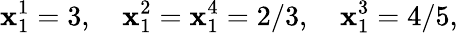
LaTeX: \mathbf{x}_{1}^{1}=3,\quad\mathbf{x}_{1}^{2}=\mathbf{x}_{1}^{4}=2/3,\quad\mathbf{x}_{1}^{3}=4/5,